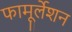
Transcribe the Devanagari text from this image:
फामूर्लेशन